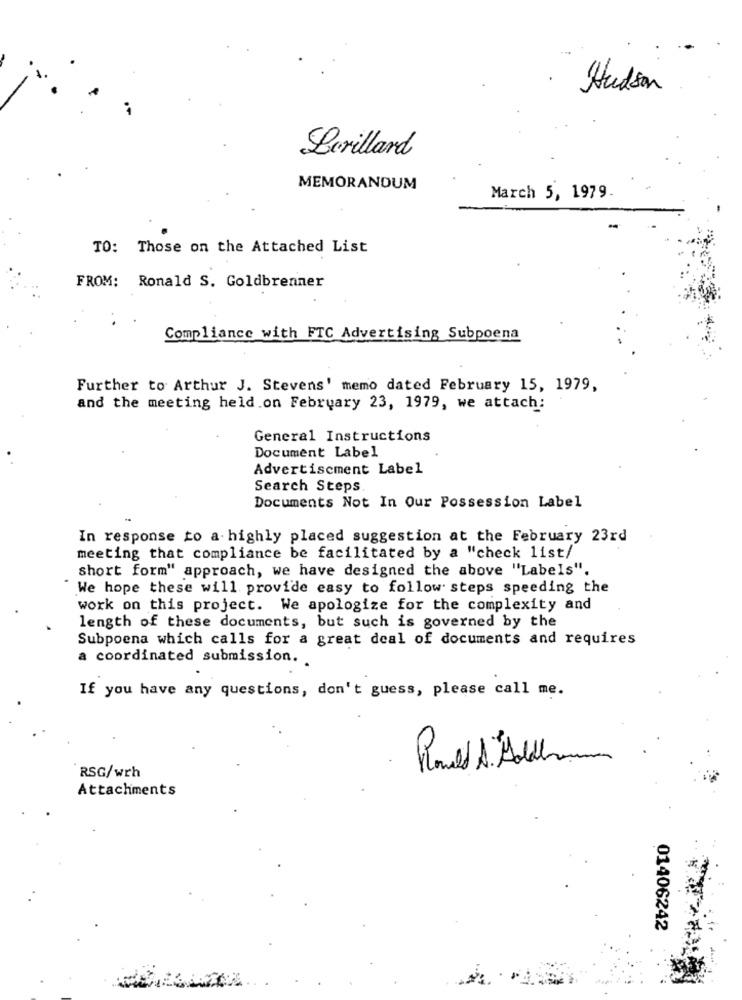
Hudson
Lerillard
MEMORANDUM
March 5, 1979.
TO: Those on the Attached List
FROM: Ronald S. Goldbrenner
Compliance with FTC Advertising Subpoena
Further to Arthur J. Stevens' memo dated February 15, 1979,
and the meeting held on February 23, 1979, we attach:
General Instructions
Document Label
Advertisement Label
Search Steps
Documents Not In Our Possession Label
In response to a highly placed suggestion at the February 23rd
meeting that compliance be facilitated by a "check list/
short form" approach, we have designed the above "Labels".
We hope these will provide easy to follow steps speeding the
work on this project. We apologize for the complexity and
length of these documents, but such is governed by the
Subpoena which calls for a great deal of documents and requires
a coordinated submission. .
If you have any questions, don't guess, please call me.
Mould S. Hold m
RSG/wrh
Attachments
01406242